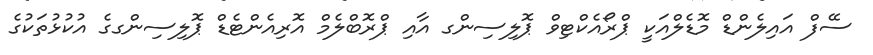
ސޭފް އައިލެންޑް މޮޑެލްއަކީ ޕްރޯއެކްޓިވް ޕޮލިސިންގ އާއި ޕްރޮބްލެމް އޮރިއެންޓެޑް ޕޮލިސިންގގެ އުކުޅުތަކުގެ